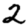
Digit: 2